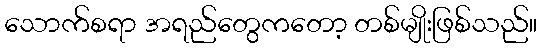
သောက်စရာ အရည်တွေကတော့ တစ်မျိုးဖြစ်သည်။